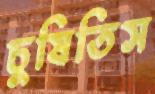
চুষিতিস